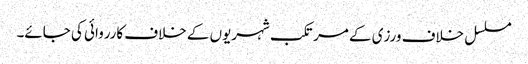
مسلسل خلاف ورزی کے مرتکب شہریوں کے خلاف کارروائی کی جائے۔